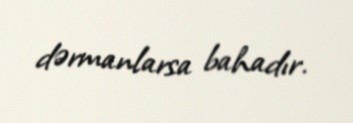
dərmanlarsa bahadır.